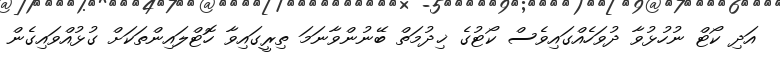
އަދި ކޯޓް ނުހުޅުވާ ދުވަހެއްގައިވެސް ކޯޓުގެ ޚިދުމަތް ބޭނުންވާނަމަ ތިރީގައިވާ ހޮޓްލައިންތަކަށް ގުޅުއްވައިގެން